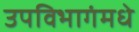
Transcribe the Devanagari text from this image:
उपविभागंमधे